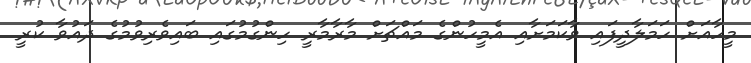
މީހާއަށް ހަމަލާދީފައި ވާކަމަށާއި އެމީހުންގެ މައްޗަށް މާރާމާރީ ހިންގުމުގައި ބައިވެރިވުމުގެ ދައުވާ ކުރީ